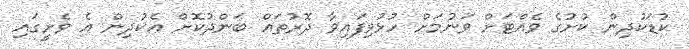
ކުޑަކުދިން ކުށުގެ ވެއްޓަށް ވަނުމަށް ހުޅުވިފައިވާ ދޮރުތައް ބަންދުކޮށް އެކުދިން އެ ވެށީގައި